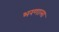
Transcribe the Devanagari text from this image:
भरणाला